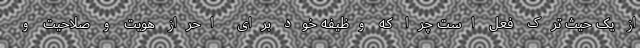
از یک حیث ترک فعل است چرا که وظیفه خود برای احراز هویت و صلاحیت و